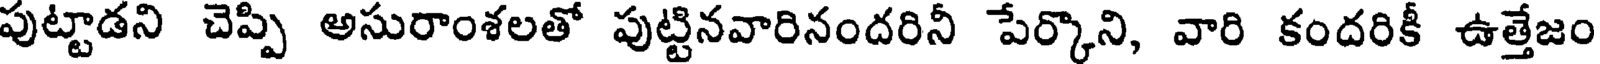
పుట్టాడని చెప్పి అసురాంశలతో పుట్టినవారినందరినీ పేర్కొని, వారి కందరికీ ఉత్తేజం